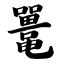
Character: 鼍